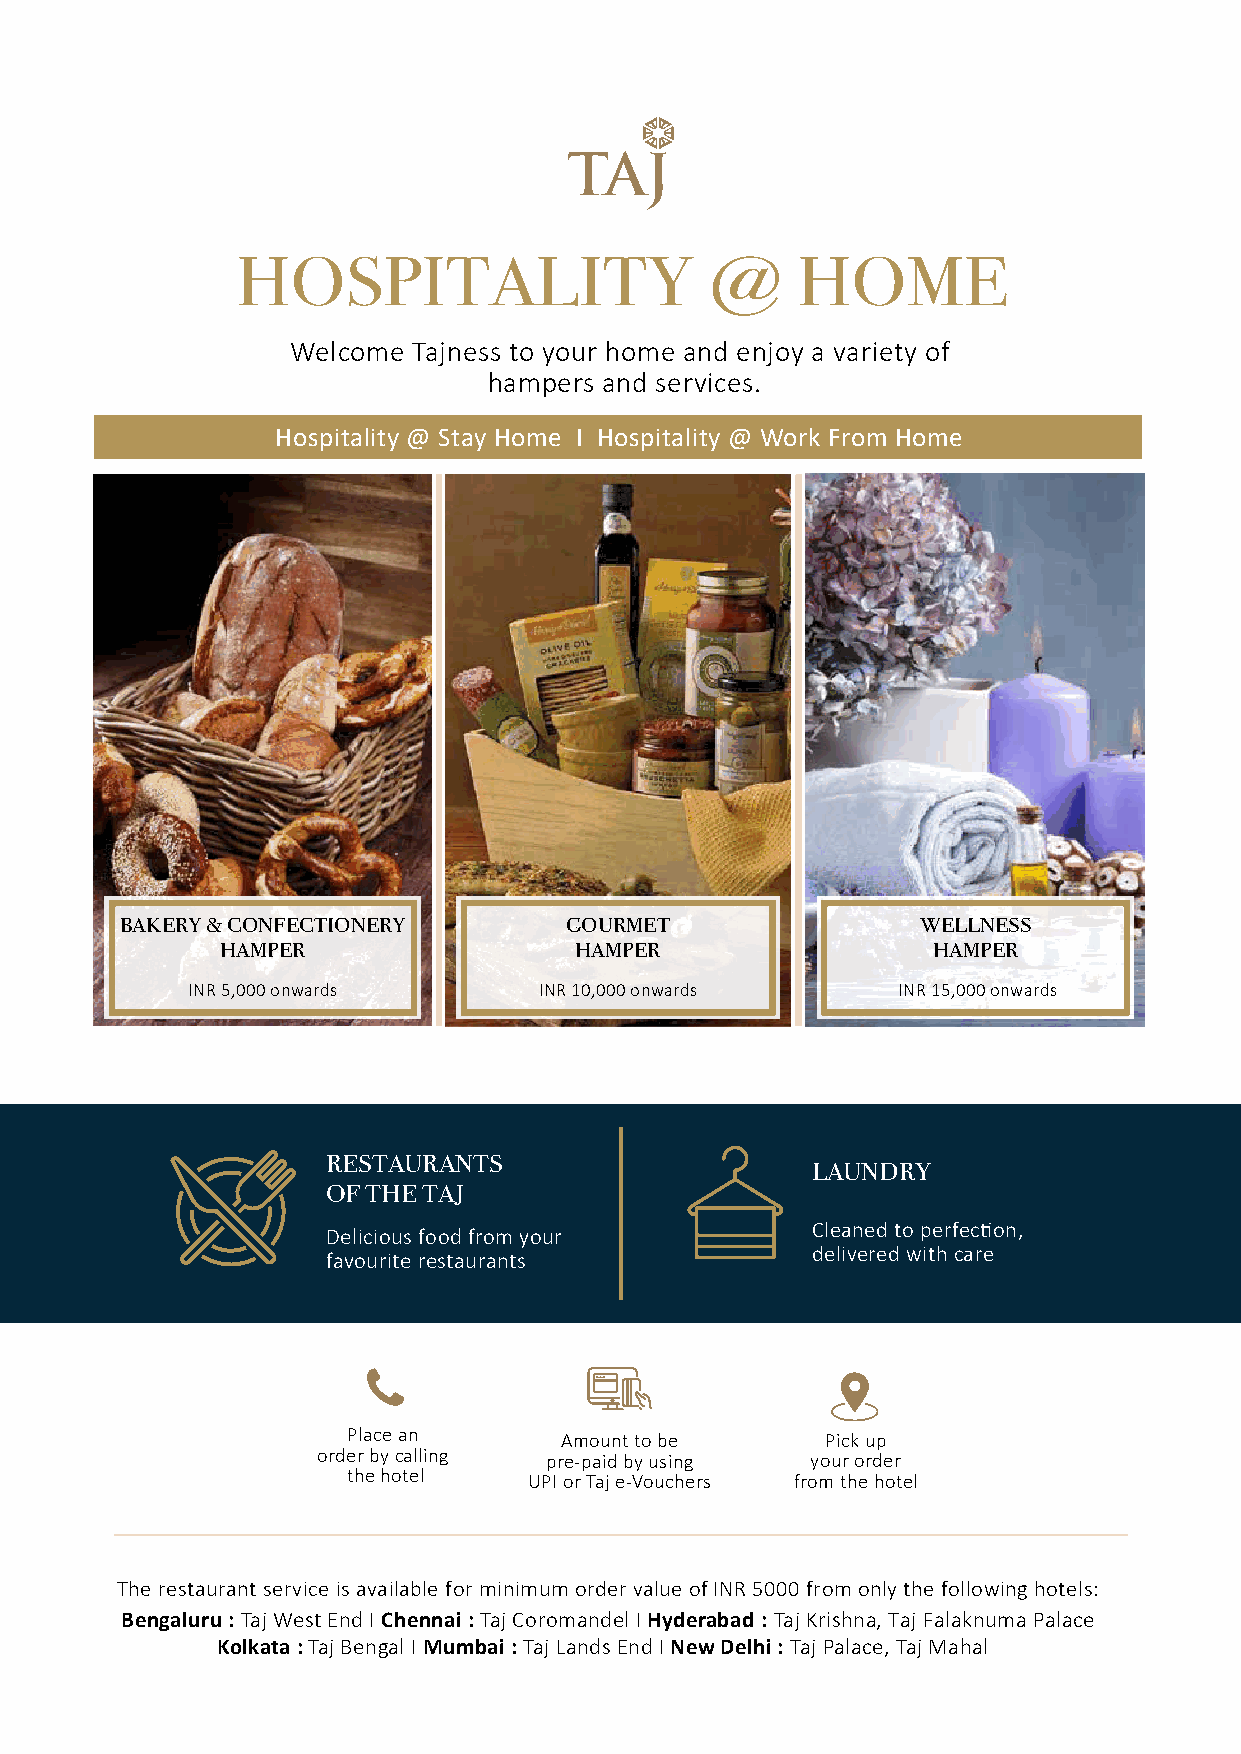
HOSPITALITY                    @     HOME
 Welcome Tajness to your home and enjoy a variety of
 hampers and services.
 Hospitality @ Stay Home I Hospitality @ Work From Home
 BAKERY & CONFECTIONERY       GOURMET                 WELLNESS
 HAMPER                 HAMPER                  HAMPER
 INR 5,000 onwards       INR 10,000 onwards     INR 15,000 onwards
 SERVING  YOU
 RESTAURANTS
 LAUNDRY
 OF THE TAJ
 Cleaned to perfec�on,
 Delicious food from your
 delivered with care
 favourite restaurants
 Place an      Amount to be      Pick up
 order by calling pre-paid by using your order
 the hotel   UPI or Taj e-Vouchers from the hotel
 The restaurant service is available for minimum order value of INR 5000 from only the following hotels:
 Bengaluru : Taj West End I Chennai : Taj Coromandel I Hyderabad : Taj Krishna, Taj Falaknuma Palace
 Kolkata : Taj Bengal I Mumbai : Taj Lands End I New Delhi : Taj Palace, Taj Mahal